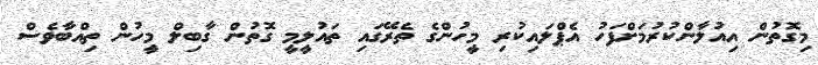
މިގޮތުން އިއުލާންކުރުމަށްފަހު އެޕްލައިކުރި މީހުންގެ ތެރޭގައި ތައުލީމީ ގޮތުން ގާބިލް މީހުން ތިއްބާވެސް